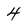
Character: 4